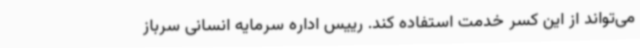
می‌تواند از این کسر خدمت استفاده کند. رییس اداره سرمایه انسانی سرباز